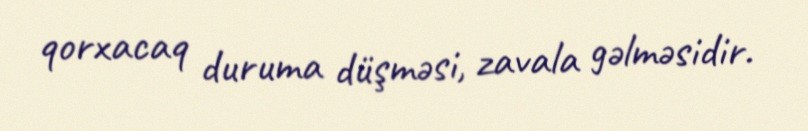
qorxacaq duruma düşməsi, zavala gəlməsidir.